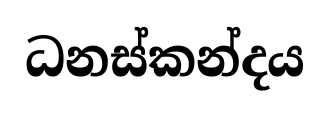
ධනස්කන්දය